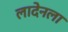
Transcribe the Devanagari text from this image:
लादेनला